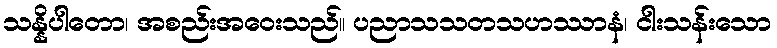
သန္နိပါတော၊ အစည်းအဝေးသည်။ ပညာသသတသဟဿာနံ၊ ငါးသန်းသော